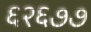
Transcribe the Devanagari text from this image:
६२६७७